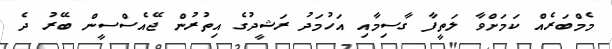
މެމްބަރެއް ކަމަށްވާ ލަތީފާ ގާސިމާއި އަހުމަދު ރަޝީދުގެ އިތުރުން ޖޭއެސްސީން ބޭރު ދެ